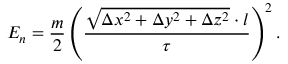
E _ { n } = \frac { m } { 2 } \left( \frac { \sqrt { \Delta x ^ { 2 } + \Delta y ^ { 2 } + \Delta z ^ { 2 } } \cdot l } { \tau } \right) ^ { 2 } .